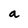
Character: a